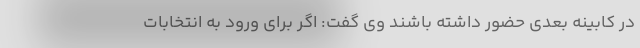
در کابینه بعدی حضور داشته باشند وی گفت: اگر برای ورود به انتخابات